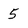
Character: 5